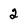
Character: 2